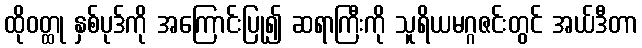
ထိုဝတ္ထု နှစ်ပုဒ်ကို အကြောင်းပြု၍ ဆရာကြီးကို သူရိယမဂ္ဂဇင်းတွင် အယ်ဒီတာ